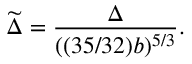
\widetilde { \Delta } = \frac { \Delta } { ( ( 3 5 / 3 2 ) b ) ^ { 5 / 3 } } .